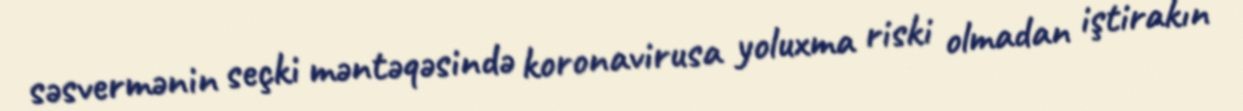
səsvermənin seçki məntəqəsində koronavirusa yoluxma riski olmadan iştirakın